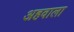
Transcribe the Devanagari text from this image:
अहवाला